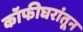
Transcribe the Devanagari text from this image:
कॉफीघरांतून